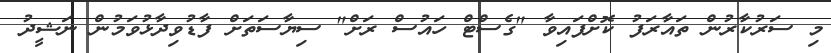
މި ސަރުކާރުން ތައާރަފު ކޮށްފައިވާ "ގެސްޓް ހައުސް ރަށް" ސިޔާސަތަށް ފާޑުވިދާޅުވަމުން ނަޝީދު